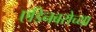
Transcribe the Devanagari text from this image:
एडिनबरोच्या